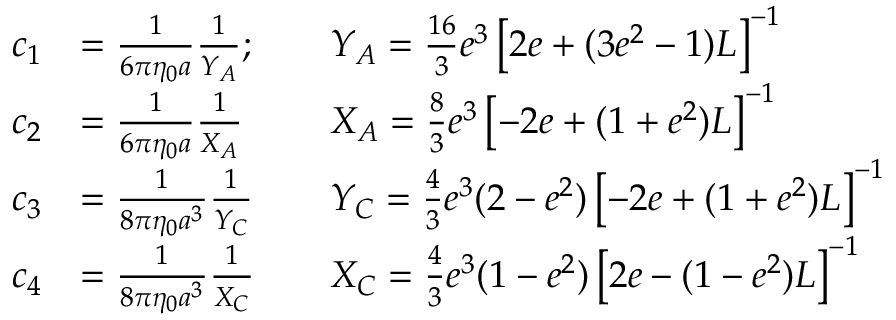
\begin{array} { r l r l } { c _ { 1 } } & { = \frac { 1 } { 6 \pi \eta _ { 0 } a } \frac { 1 } { Y _ { A } } ; } & & { Y _ { A } = \frac { 1 6 } { 3 } e ^ { 3 } \left[ 2 e + ( 3 e ^ { 2 } - 1 ) L \right] ^ { - 1 } } \\ { c _ { 2 } } & { = \frac { 1 } { 6 \pi \eta _ { 0 } a } \frac { 1 } { X _ { A } } } & & { X _ { A } = \frac { 8 } { 3 } e ^ { 3 } \left[ - 2 e + ( 1 + e ^ { 2 } ) L \right] ^ { - 1 } } \\ { c _ { 3 } } & { = \frac { 1 } { 8 \pi \eta _ { 0 } a ^ { 3 } } \frac { 1 } { Y _ { C } } } & & { Y _ { C } = \frac { 4 } { 3 } e ^ { 3 } ( 2 - e ^ { 2 } ) \left[ - 2 e + ( 1 + e ^ { 2 } ) L \right] ^ { - 1 } } \\ { c _ { 4 } } & { = \frac { 1 } { 8 \pi \eta _ { 0 } a ^ { 3 } } \frac { 1 } { X _ { C } } } & & { X _ { C } = \frac { 4 } { 3 } e ^ { 3 } ( 1 - e ^ { 2 } ) \left[ 2 e - ( 1 - e ^ { 2 } ) L \right] ^ { - 1 } } \end{array}